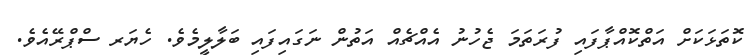
ކޮތަޅަކަށް އަތްކޮއްޕާފައި ފުރަތަމަ ޖެހުނު އެއްޗެއް އަތުން ނަގައިފައި ބަލާލީމެވެ. ހެޔަރ ސްޕްރޭއެވެ.